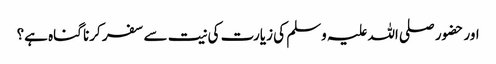
اور حضور صلی اللہ علیہ وسلم کی زیارت کی نیت سے سفر کرنا گناہ ہے؟